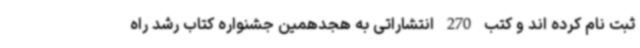
ثبت نام کرده اند و کتب 270 انتشاراتی به هجدهمین جشنواره کتاب رشد راه